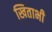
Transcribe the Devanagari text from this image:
खिताभी